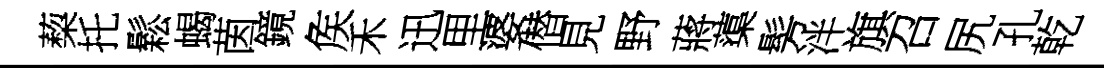
蔾托鬆蝎茵鏡矦禾迅里婆僣見野蔣蕖髣泮旗召尻孔乾